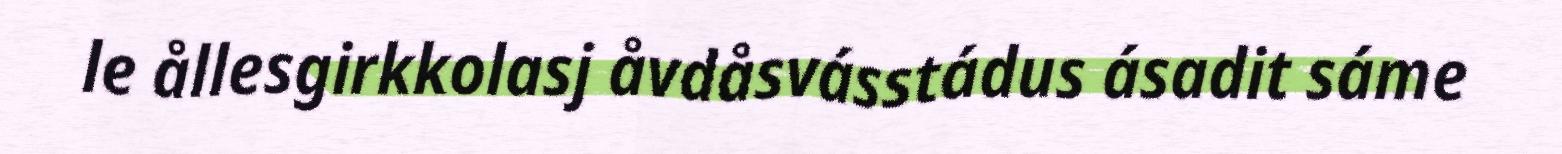
le ållesgirkkolasj åvdåsvásstádus ásadit sáme